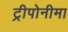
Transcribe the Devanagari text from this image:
ट्रीपोनीमा